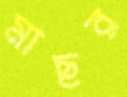
মাছর